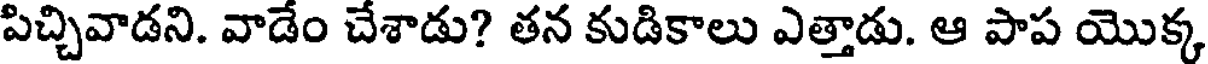
పిచ్చివాడని. వాడేం చేశాడు? తన కుడికాలు ఎత్తాడు. ఆ పాప యొక్క